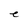
Character: e